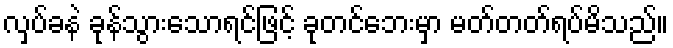
လှပ်ခနဲ ခုန်သွားသောရင်ဖြင့် ခုတင်ဘေးမှာ မတ်တတ်ရပ်မိသည်။